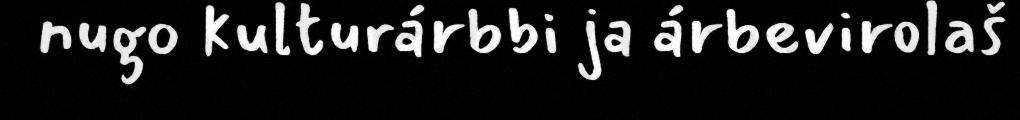
nugo kulturárbbi ja árbevirolaš